Enquiry on enteric fever in India - Number 32
Disease focus: Fever
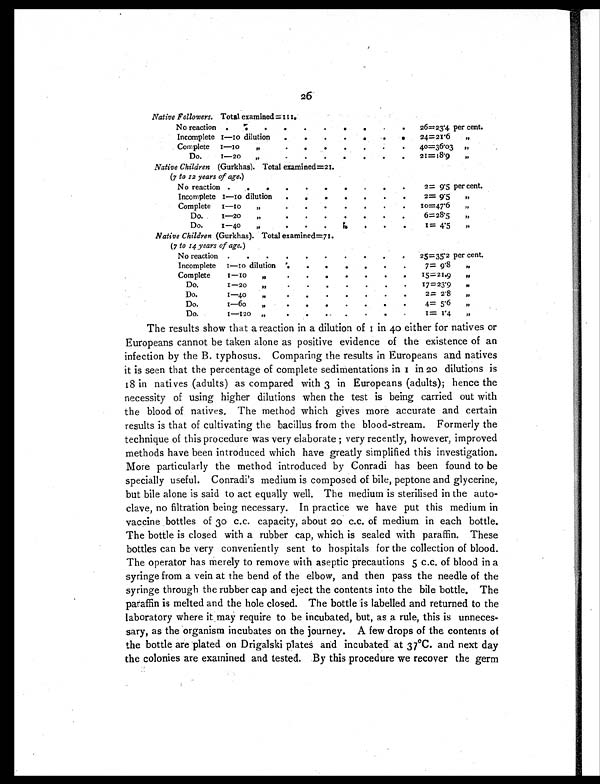
26
Native Followers. Total examined =111.
No reactio
.
.
.
.
.
.
.
.
.
.
26=23.4 per cent.
Incomplete 1—10 dilution
.
.
.
.
.
.
.
24=21.6
„
Complete 1—10 „
.
.
.
.
.
.
40=36.03 „
Do.
1—20 „
.
.
.
.
.
.
.
21=18.9
„
Native Children (Gurkhas). Total examined=21.
(7 to 12 years of age.)
No reaction .
.
.
.
.
. .
.
.
.
2= 9.5 per cent.
Incomplete 1—10 dilution
.
. .
.
.
.
.
2= 9.5
„
Complete 1—10 „
.
.
. .
.
.
.
10=47.6
„
Do.
1—20 „
.
.
.
.
.
.
.
6=28.5
„
Do. 1—
40 „
.
.
.
.
.
.
.
1 =4.5
„
Native Children (Gurkhas). Total examined=71.
( 7 to 14 years of age. )
No reaction .
.
.
.
.
.
.
.
.
.
25=35.2 per cent.
Incomplete 1—10 dilution .
.
.
.
.
.
.
7=9.8
„
Complete 1—10 „
.
.
.
. .
.
. 15=21.9
„
Do. 1—20 „
.
.
.
.
.
.
.
17=23.9
„
Do. 1—40 „
.
.
.
.
.
.
.
2= 2.8
„
Do. 1—60 „
.
.
.
.
.
.
.
4=5.6
„
Do. 1—120 „
.
.
.
.
.
.
.
1=1.4
„
The results show that a reaction in a dilution of 1 in 40 either for natives or
Europeans cannot be taken alone as positive evidence of the existence of an
infection by the B. typhosus. Comparing the results in Europeans and natives
it is seen that the percentage of complete sedimentations in 1 in 2 0
d i l u t i o n s i s
18 in natives (adults) as compared with 3 in Europeans (adults); hence the
necessity of using higher dilutions when the test is being carried out with
the blood of natives. The method which gives more accurate and certain
results is that of cultivating the bacillus from the blood-stream. Formerly the
technique of this procedure was very elaborate ; very recently, however, improved
methods have been introduced which have greatly simplified this investigation.
More particularly the method introduced by Conradi has been found to be
specially useful. Conradi's medium is composed of bile, peptone and glycerine,
but bile alone is said to act equally well. The medium is sterilised in the auto-
clave, no filtration being necessary. In practice we have put this medium in
vaccine bottles of 30 c.c. capacity, about 20 c.c. of medium in each bottle.
The bottle is closed with a rubber cap, which is sealed with paraffin. These
bottles can be very conveniently sent to hospitals for the collection of blood.
The operator has merely to remove with aseptic precautions 5 c.c. of blood in a
syringe from a vein at the bend of the elbow, and then pass the needle of the
syringe through the rubber cap and eject the contents into the bile bottle. The
paraffin is melted and the hole closed. The bottle is labelled and returned to the
laboratory where it may require to be incubated, but, as a rule, this is unneces-
sary, as the organism incubates on the journey. A few drops of the contents of
the bottle are plated on Drigalski plates and incubated at 37°C. and next day
the colonies are examined and tested. By this procedure we recover the germ